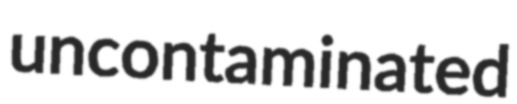
uncontaminated